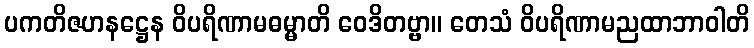
ပကတိဇဟနဋ္ဌေန ဝိပရိဏာမဓမ္မာတိ ဝေဒိတဗ္ဗာ။ တေသံ ဝိပရိဏာမညထာဘာဝါတိ